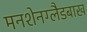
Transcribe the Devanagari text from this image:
मनशेनग्लैडबाख